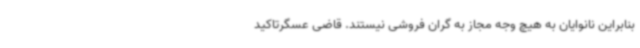
بنابراین نانوایان به هیچ وجه مجاز به گران فروشی نیستند. قاضی عسگرتاکید